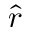
\hat { r }